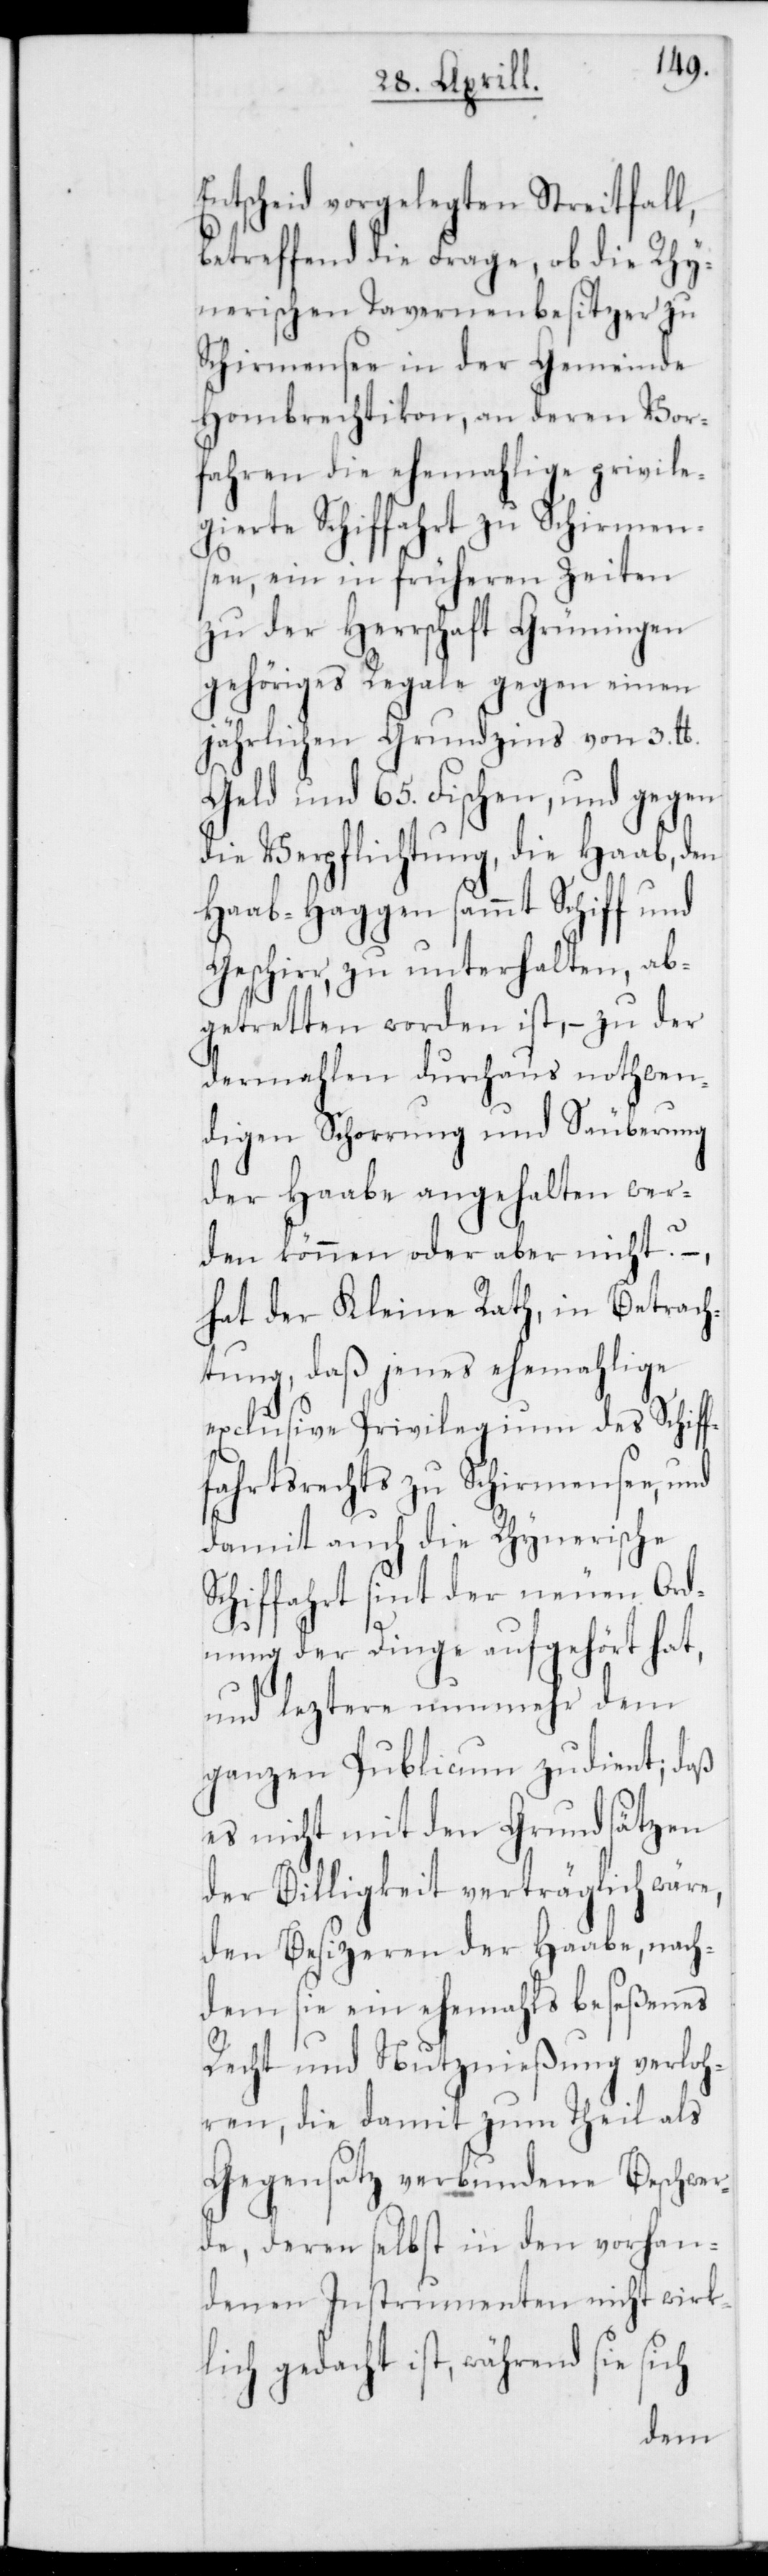
Entscheid vorgelegten Streitfall,
betreffend die Frage, ob die Rhy¬
nerischen Tavernenbesitzer zu
Schirmensee in der Gemeinde
Hombrechtikon, an deren Vor¬
fahren die ehemahlige privile¬
gierte Schifffahrt zu Schirmen¬
see, ein in früheren Zeiten
zu der Herrschaft Grüningen
gehöriges Regale gegen einen
jährlichen Grundzins von 3. lb.
Geld und 65. Fischen, und gegen
die Verpflichtung, die Haab, den
Haab-Haggen sammt Schiff und
Geschirr, zu unterhalten, ab¬
getretten worden ist, – zu der
dermahlen durchaus nothwen¬
digen Schorrung und Säuberung
der Haabe angehalten wer¬
den können oder aber nicht?
hat der Kleine Rath in Betrach¬
tung, daß jenes ehemahlige
exclusive Privilegium des Schiff¬
fahrtsrechts zu Schirmensee, und
damit auch die Rhynerische
Schiffahrt sint der neuen Ord¬
nung der Dinge aufgehört hat,
und leztere nunmehr dem
ganzen Publicum zudient; daß
es nicht mit den Grundsätzen
der Billigkeit verträglich wäre,
den Besizeren der Haabe, nach¬
dem sie ein ehemahls beseßenes
Recht und Nutznießung verloh¬
ren, die damit zum Theil als
Gegensatz verbundene Beschwer¬
de, deren selbst in den vorhan¬
denen Instrumenten nicht wirk¬
lich gedacht ist, während sie